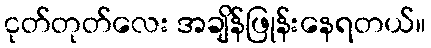
ငုတ်တုတ်လေး အချိန်ဖြုန်းနေရတယ်။